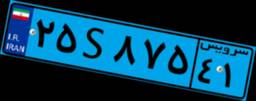
۱۸S۵۵۰۱۱